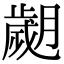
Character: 𦡖